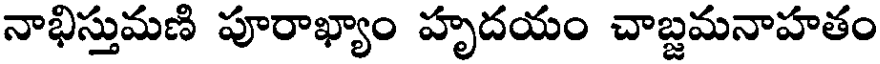
నాభిస్తుమణి పూరాఖ్యాం హృదయం చాబ్జమనాహతం